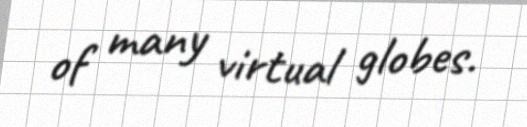
of many virtual globes.